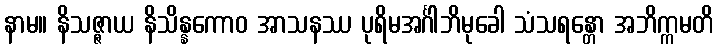
နာမ။ နိသဇ္ဇာယ နိသိန္နကောဝ အာသနဿ ပုရိမအင်္ဂါဘိမုခေါ သံသရန္တော အဘိက္ကမတိ